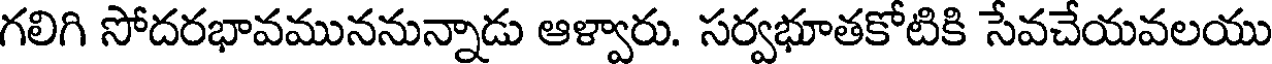
గలిగి సోదరభావముననున్నాడు ఆళ్వారు. సర్వభూతకోటికి సేవచేయవలయు